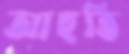
আহুতি